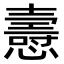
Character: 㦞